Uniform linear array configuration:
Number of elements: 12
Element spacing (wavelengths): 1
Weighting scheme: hamming
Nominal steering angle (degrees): -60
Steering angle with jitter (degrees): -61.303
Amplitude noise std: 0.05
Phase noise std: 0.05

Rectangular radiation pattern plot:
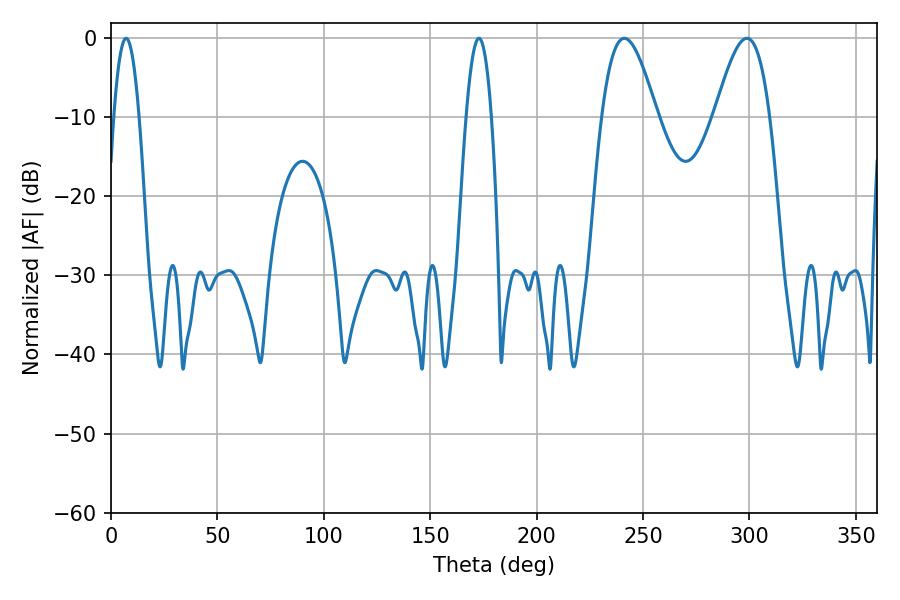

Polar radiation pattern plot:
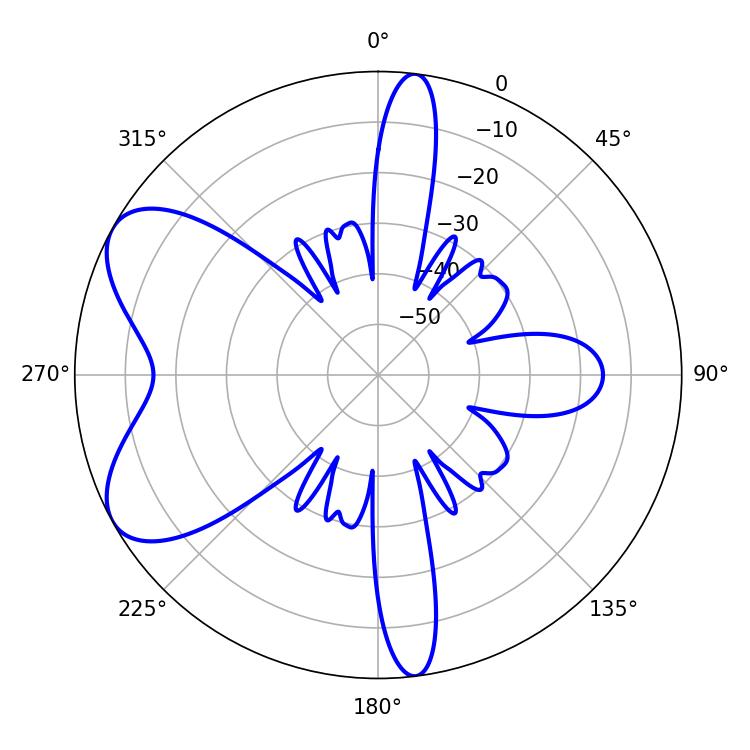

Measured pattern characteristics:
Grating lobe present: TRUE
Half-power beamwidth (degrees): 13.86
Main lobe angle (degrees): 241.2